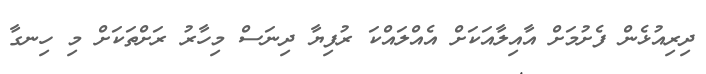
ދިރިއުޅެން ފެށުމަށް އާއިލާއަކަށް އެއްލައްކަ ރުފިޔާ ދިނަސް މިހާރު ރަށްތަކަށް މި ހިނގާ